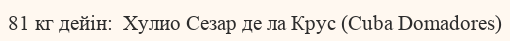
81 кг дейін:  Хулио Сезар де ла Крус (Cuba Domadores)